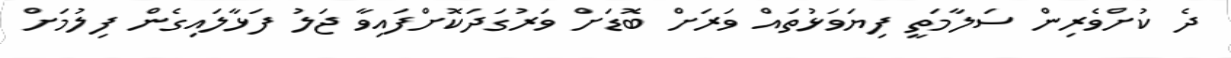
ދެ ކުށްވެރިން ސަލާމަތީ ފިޔަވަޅުތައް ވަރަށް ބޮޑަށް ވަރުގަދަކޮށްފައިވާ ޖަލު ފަޅާލައިގެން ފިލުމަށް